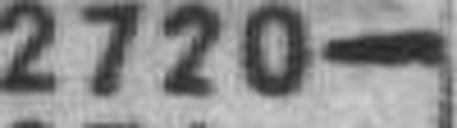
2720—